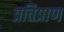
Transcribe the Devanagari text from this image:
प्रतिप्राण